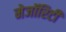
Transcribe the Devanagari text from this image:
मेजॉरिटी